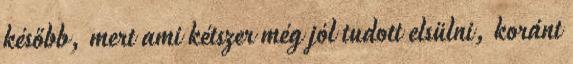
később, mert ami kétszer még jól tudott elsülni, koránt